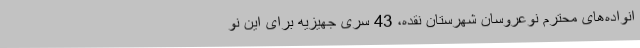
انواده‌های محترم نوعروسان شهرستان نقده، 43 سری جهیزیه برای این نو